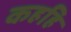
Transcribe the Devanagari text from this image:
कहहि